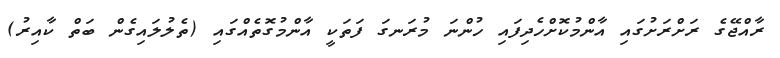
ރާއްޖޭގެ ރަށްރަށުގައި އާންމުކޮށްހެދިފައި ހުންނަ މުރަނގަ ފަތަކީ އާންމުގޮތެއްގައި (ތެލުލައިގެން ބަތް ކާއިރު)